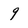
Character: 9